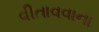
વીતાવવાના